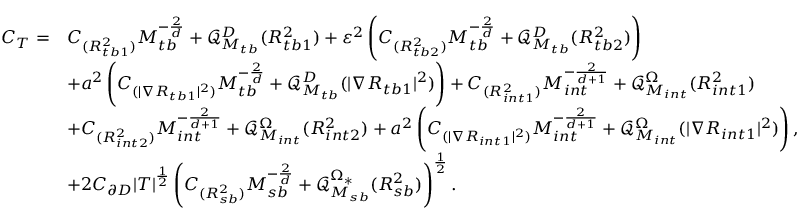
\begin{array} { r l } { C _ { T } = } & { C _ { ( { R _ { t b 1 } ^ { 2 } } ) } M _ { t b } ^ { - \frac { 2 } { d } } + \mathcal { Q } _ { M _ { t b } } ^ { D } ( R _ { t b 1 } ^ { 2 } ) + \varepsilon ^ { 2 } \left( C _ { ( { R _ { t b 2 } ^ { 2 } } ) } M _ { t b } ^ { - \frac { 2 } { d } } + \mathcal { Q } _ { M _ { t b } } ^ { D } ( R _ { t b 2 } ^ { 2 } ) \right) } \\ & { + a ^ { 2 } \left( C _ { ( | \nabla R _ { t b 1 } | ^ { 2 } ) } M _ { t b } ^ { - \frac { 2 } { d } } + \mathcal { Q } _ { M _ { t b } } ^ { D } ( | \nabla R _ { t b 1 } | ^ { 2 } ) \right) + C _ { ( { R _ { i n t 1 } ^ { 2 } } ) } M _ { i n t } ^ { - \frac { 2 } { d + 1 } } + \mathcal { Q } _ { M _ { i n t } } ^ { \Omega } ( R _ { i n t 1 } ^ { 2 } ) } \\ & { + C _ { ( { R _ { i n t 2 } ^ { 2 } } ) } M _ { i n t } ^ { - \frac { 2 } { d + 1 } } + \mathcal { Q } _ { M _ { i n t } } ^ { \Omega } ( R _ { i n t 2 } ^ { 2 } ) + a ^ { 2 } \left( C _ { ( | \nabla R _ { i n t 1 } | ^ { 2 } ) } M _ { i n t } ^ { - \frac { 2 } { d + 1 } } + \mathcal { Q } _ { M _ { i n t } } ^ { \Omega } ( | \nabla R _ { i n t 1 } | ^ { 2 } ) \right) , } \\ & { + 2 C _ { \partial D } | T | ^ { \frac { 1 } { 2 } } \left( C _ { ( { R _ { s b } ^ { 2 } } ) } M _ { s b } ^ { - \frac { 2 } { d } } + \mathcal { Q } _ { M _ { s b } } ^ { \Omega _ { * } } ( R _ { s b } ^ { 2 } ) \right) ^ { \frac { 1 } { 2 } } . } \end{array}